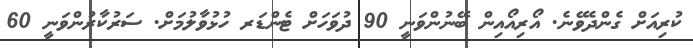
ކުރިއަށް ގެންދެވޭނެ. އޯރިއޯއިން ބޭނުންވަނީ 90 ދުވަހަށް ޓެންޑަރ ހުޅުވާލުމަށް. ސަރުކާރުންވަނީ 60